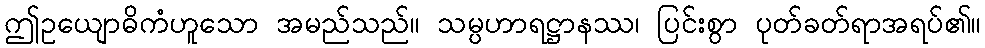
ဤဥယျောဓိကံဟူသော အမည်သည်။ သမ္ပဟာရဋ္ဌာနဿ၊ ပြင်းစွာ ပုတ်ခတ်ရာအရပ်၏။